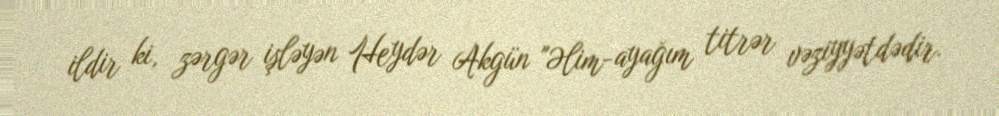
ildir ki, zərgər işləyən Heydər Akgün "Əlim-ayağım titrər vəziyyətdədir.